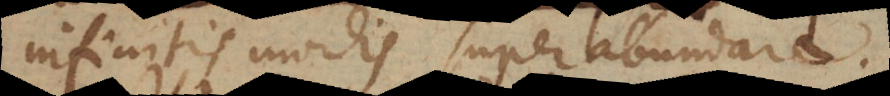
infinitis modis superabundare.